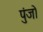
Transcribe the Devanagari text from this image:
पुंजो